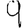
Digit: 9